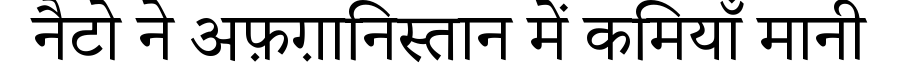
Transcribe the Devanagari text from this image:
नैटो ने अफ़ग़ानिस्तान में कमियाँ मानी